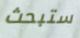
ستبحث